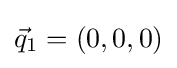
{\vec {q}}_{1}=(0,0,0)